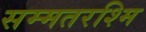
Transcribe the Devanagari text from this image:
सम्मतरश्मि